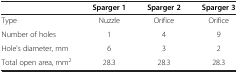
|  | Sparger 1 | Sparger 2 | Sparger 3 |
 | --- | --- | --- | --- |
 | Type | Nuzzle | Orifice | Orifice |
 | Number of holes | 1 | 4 | 9 |
 | Hole's diameter, mm | 6 | 3 | 2 |
 | Total open area, mm2 | 28.3 | 28.3 | 28.3 |